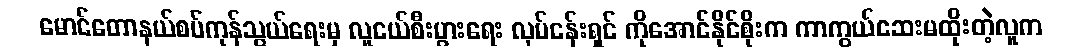
မောင်တောနယ်စပ်ကုန်သွယ်ရေးမှ လူငယ်စီးပွားရေး လုပ်ငန်းရှင် ကိုအောင်နိုင်စိုးက ကာကွယ်ဆေးမထိုးတဲ့လူက